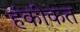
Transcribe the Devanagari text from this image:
हंकींकत